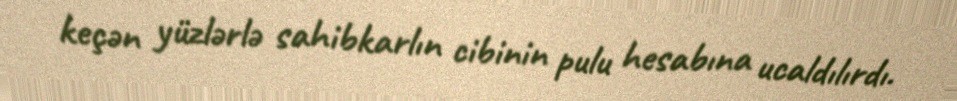
keçən yüzlərlə sahibkarlın cibinin pulu hesabına ucaldılırdı.